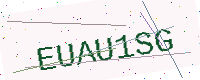
Text: EUAU1SG